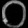
Digit: ၀